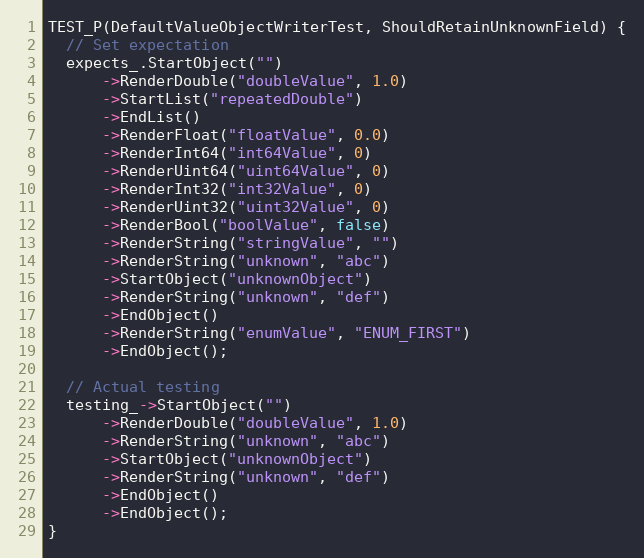
Language: C++
TEST_P(DefaultValueObjectWriterTest, ShouldRetainUnknownField) {
  // Set expectation
  expects_.StartObject("")
      ->RenderDouble("doubleValue", 1.0)
      ->StartList("repeatedDouble")
      ->EndList()
      ->RenderFloat("floatValue", 0.0)
      ->RenderInt64("int64Value", 0)
      ->RenderUint64("uint64Value", 0)
      ->RenderInt32("int32Value", 0)
      ->RenderUint32("uint32Value", 0)
      ->RenderBool("boolValue", false)
      ->RenderString("stringValue", "")
      ->RenderString("unknown", "abc")
      ->StartObject("unknownObject")
      ->RenderString("unknown", "def")
      ->EndObject()
      ->RenderString("enumValue", "ENUM_FIRST")
      ->EndObject();

  // Actual testing
  testing_->StartObject("")
      ->RenderDouble("doubleValue", 1.0)
      ->RenderString("unknown", "abc")
      ->StartObject("unknownObject")
      ->RenderString("unknown", "def")
      ->EndObject()
      ->EndObject();
}